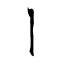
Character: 丨